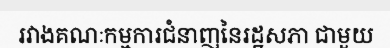
រវាងគណៈកម្មការជំនាញនៃរដ្ឋសភា ជាមួយ